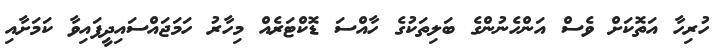
ހުރިހާ އަތޮކަށް ވެސް އަންހެނުންގެ ބަލިތަކުގެ ހާއްސަ ޑޮކްޓަރެއް މިހާރު ހަމަޖައްސައިދީފައިވާ ކަމަށާއި